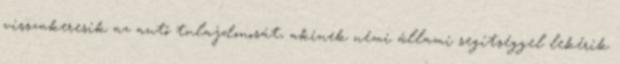
visszakeresik az autó tulajdonosát, akinek némi állami segítséggel lekérik